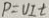
P = U I t